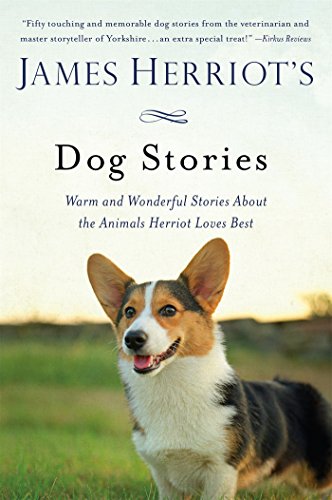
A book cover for James Herriot's Dog Stories: Warm and Wonderful Stories About the Animals Herriot Loves Best; James Herriot; Crafts, Hobbies & Home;